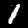
Label: 1